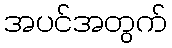
အပင်အတွက်